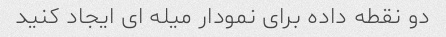
دو نقطه داده برای نمودار میله ای ایجاد کنید